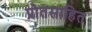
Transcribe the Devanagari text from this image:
प्रोतसाहित